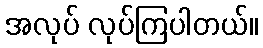
အလုပ် လုပ်ကြပါတယ်။